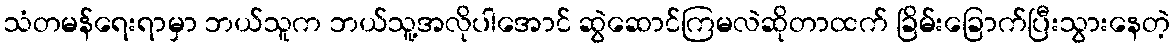
သံတမန်ရေးရာမှာ ဘယ်သူက ဘယ်သူ့အလိုပါအောင် ဆွဲဆောင်ကြမလဲဆိုတာထက် ခြိမ်းခြောက်ပြီးသွားနေတဲ့